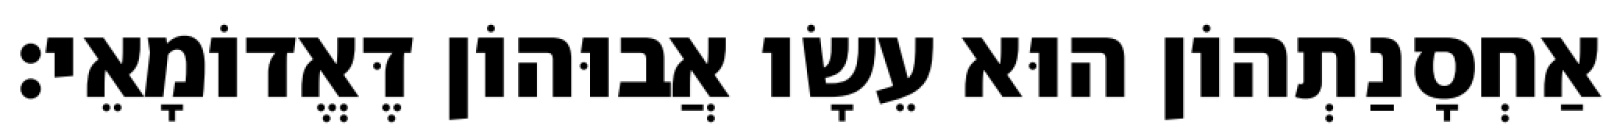
אַחְסָנַתְהוֹן הוּא עֵשָׂו אֲבוּהוֹן דֶּאֱדוֹמָאֵי׃